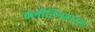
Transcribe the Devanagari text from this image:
क्लीरिंगहाउस